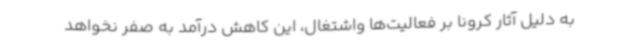
به دلیل آثار کرونا بر فعالیت‌ها واشتغال، این کاهش درآمد به صفر نخواهد